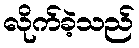
လိုက်ခဲ့သည်